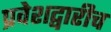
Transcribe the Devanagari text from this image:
प्रवेशद्वारीच